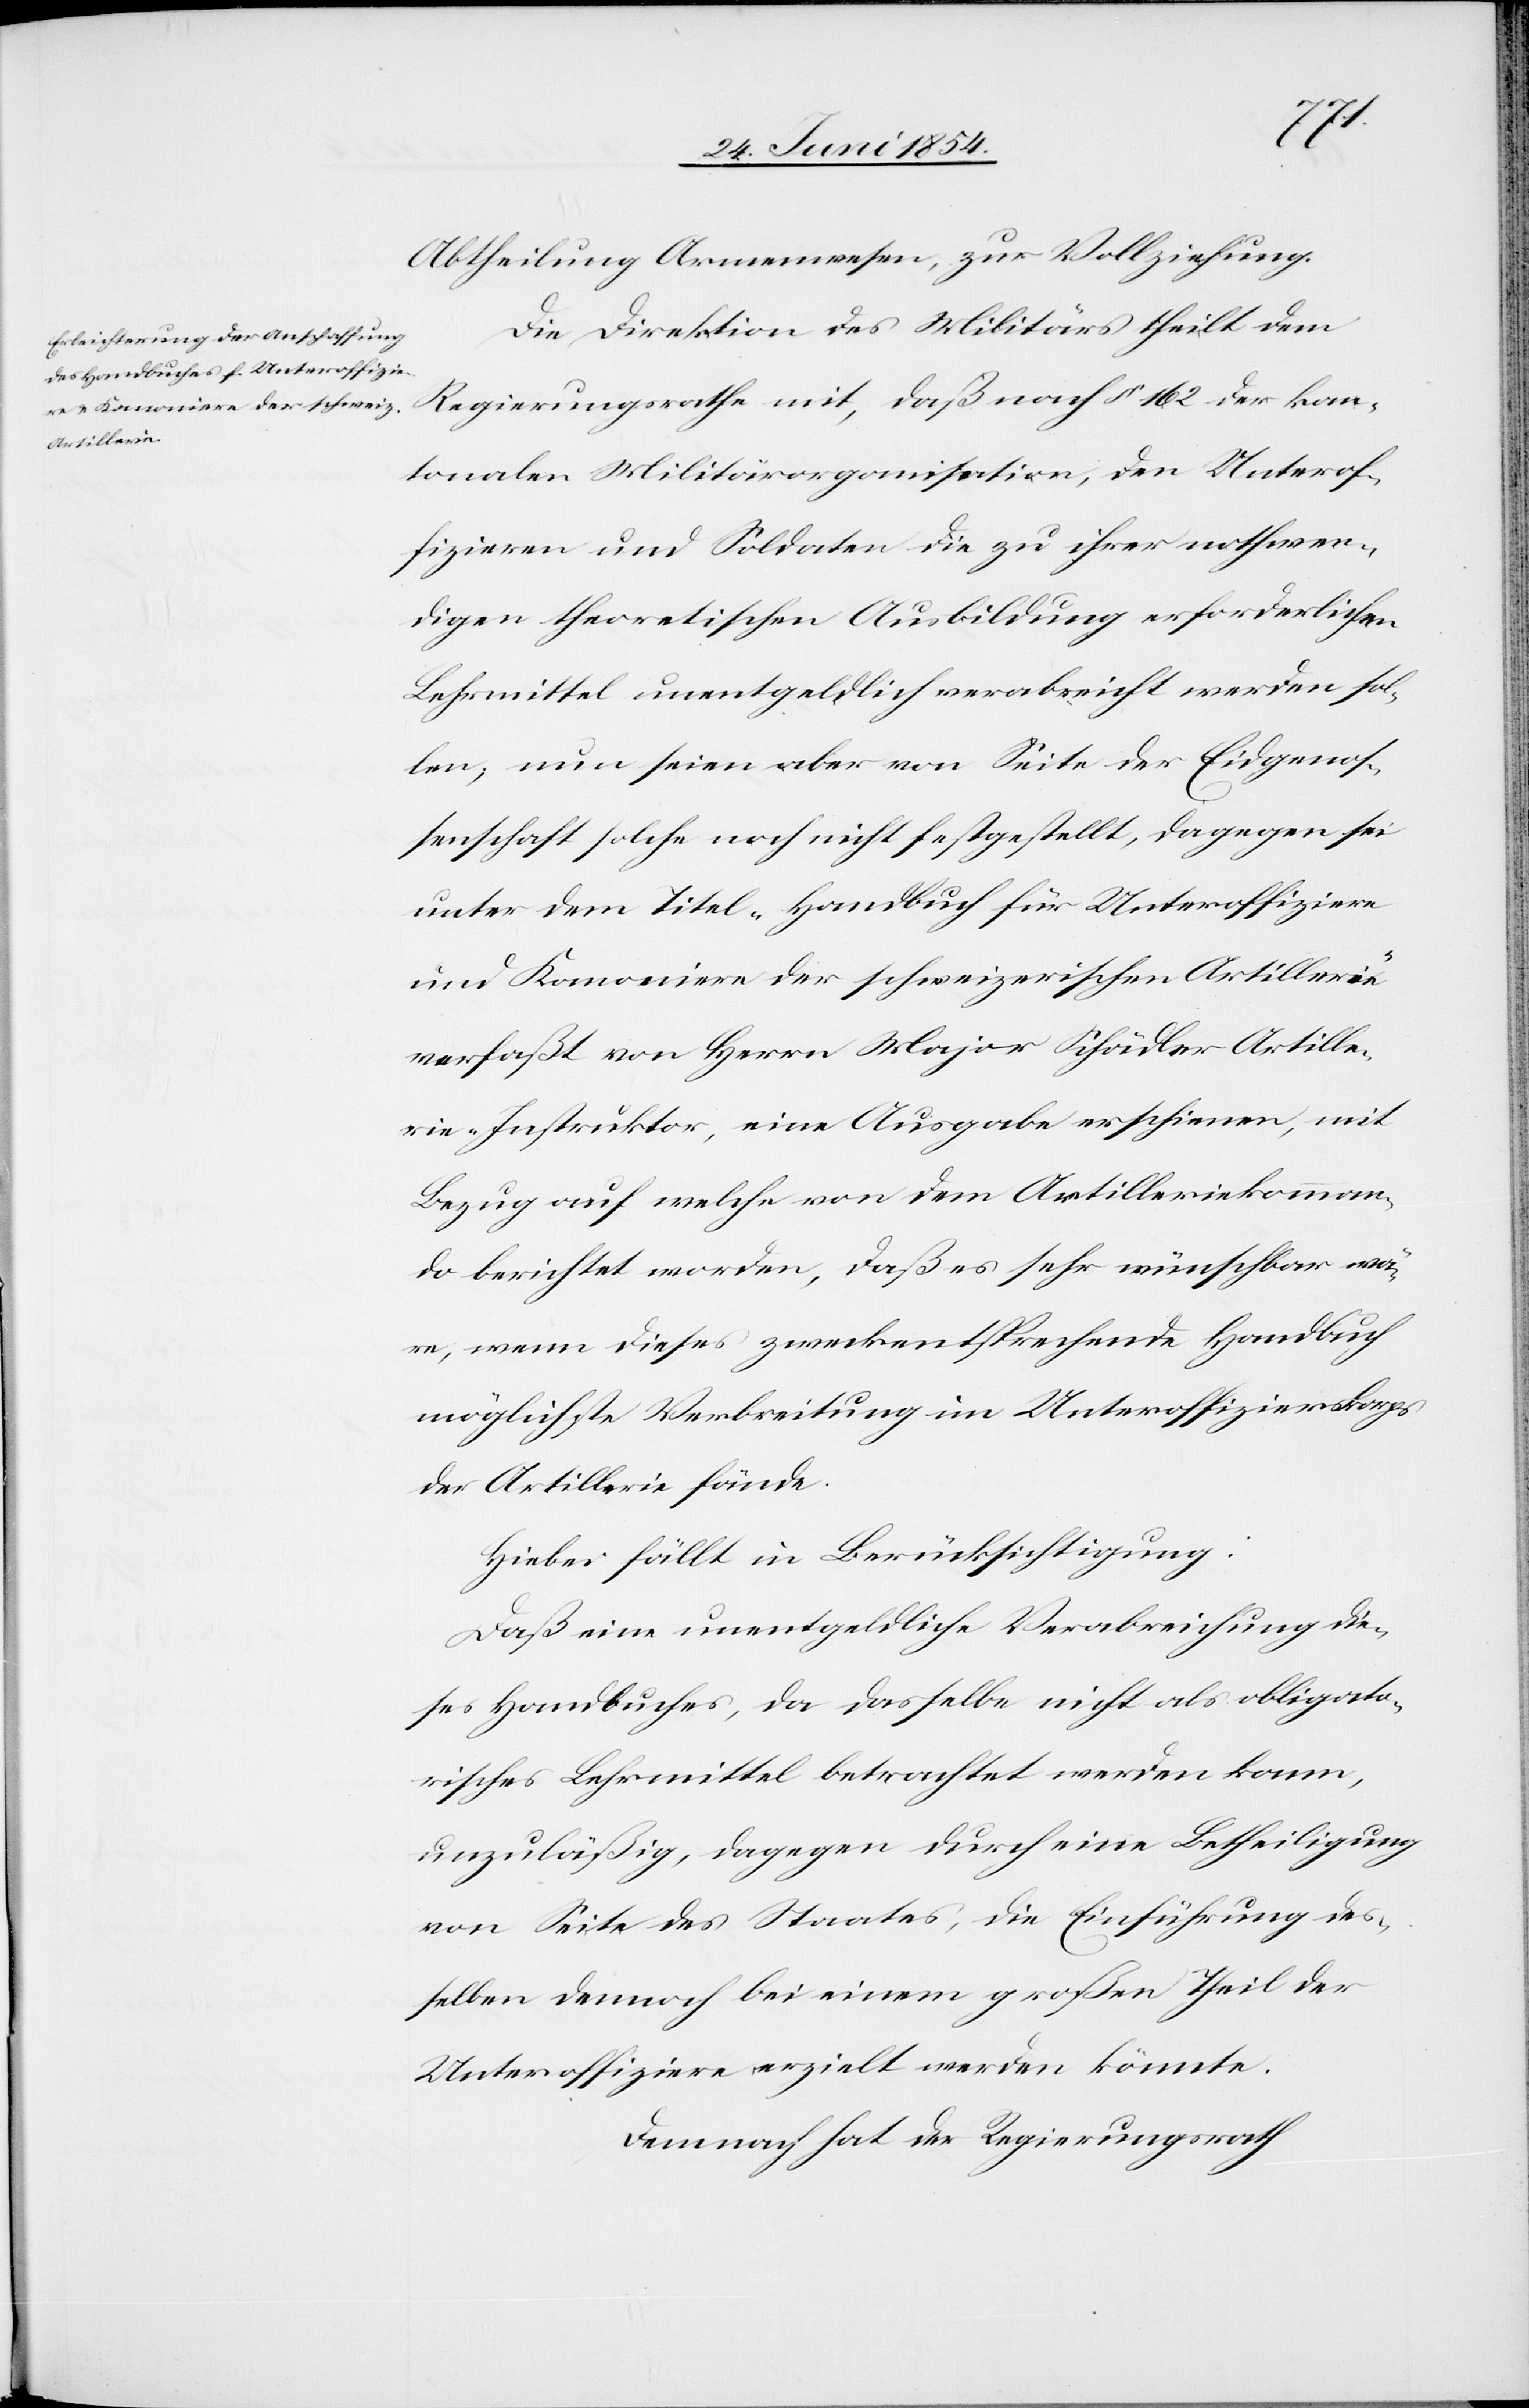
Abtheilung Armenwesen, zur Vollziehung.
Die Direktion des Militärs theilt dem
Regierungsrathe mit, daß nach § 162 der kan¬
tonalen Militärorganisation, den Unterof¬
fizieren und Soldaten die zu ihrer nothwen¬
digen theoretischen Ausbildung erforderlichen
Lehrmittel unentgeldlich verabreicht werden sol¬
len; nun seien aber von Seite der Eidgenoß¬
enschaft solche noch nicht festgestellt, dagegen sei
unter dem Titel „Handbuch für Unteroffiziere
und Kanoniere der schweizerischen Artillerie“
verfaßt von Herrn Major Schädler Artille¬
rie-Instruktor, eine Ausgabe erschienen, mit
Bezug auf welche von dem Artilleriekomman¬
do berichtet worden, daß es sehr wünschbar wä¬
re, wenn dieses zweckentsprechende Handbuch
möglichste Verbreitung im Unteroffizierskorps
der Artillerie fände.
Hiebei fällt in Berücksichtigung:
Daß eine unentgeldliche Verabreichung die¬
ses Handbuches, da dasselbe nicht als obligato¬
risches Lehrmittel betrachtet werden kann,
unzuläßig, dagegen durch eine Betheiligung
von Seite des Staates, die Einführung des¬
selben dennoch bei einem großen Theil der
Unteroffiziere erzielt werden könnte.
Demnach hat der Regierungsrath